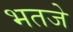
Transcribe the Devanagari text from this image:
भतजे